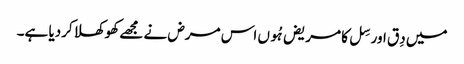
میں دِق اور سِل کا مریض ہُوں اس مرض نے مجھے کھوکھلا کردیا ہے۔